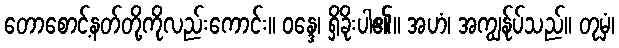
တောစောင့်နတ်တို့ကိုလည်းကောင်း။ ဝန္ဒေ၊ ရှိခိုးပါ၏။ အဟံ၊ အကျွန်ုပ်သည်။ တုမှံ၊